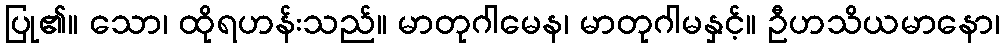
ပြု၏။ သော၊ ထိုရဟန်းသည်။ မာတုဂါမေန၊ မာတုဂါမနှင့်။ ဦဟသိယမာနော၊